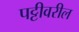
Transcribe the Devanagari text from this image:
पट्टीवरील